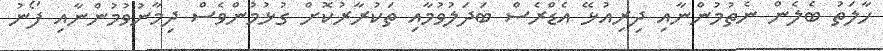
ހާލަތު ބެލެން ނެތުމުންނާއި ދިރިއުޅޭ އެޑްރެސް ބަދަލުވުމާއި ތަކުރާރުކޮށް ގުޅުމުންވެސް ދިމާނުވުމުންނާއި ފޯނު